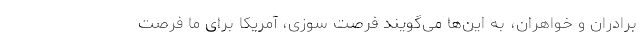
برادران و خواهران، به این‌ها می‌گویند فرصت سوزی، آمریکا برای ما فرصت